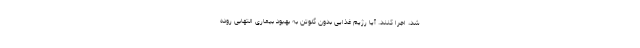
شد، اجرا کنند. آیا رژیم غذایی بدون گلوتن به بهبود بیماری التهابی روده